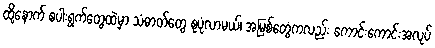
ထို့နောက် စပါးရွက်တွေထဲမှာ သံဓာတ်တွေ စုပုံလာမယ်၊ အမြစ်တွေကလည်း ကောင်းကောင်းအလုပ်